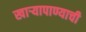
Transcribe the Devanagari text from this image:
खार्‍यापाण्याची